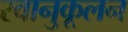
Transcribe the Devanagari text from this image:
स्वानुकूलन